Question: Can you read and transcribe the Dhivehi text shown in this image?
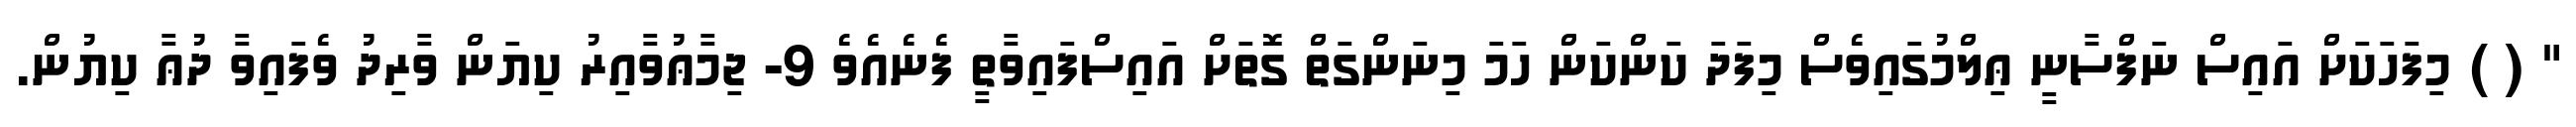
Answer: " ( ) މިފަހަކަށް އައިސް ނަފްސާނީ ޢިލްމުގައިވެސް މިފަދަ ކަންކަން ހަމަ މިނަންގަތް ގޮތަށް އައިސްފައިވާތީ ފެނެއެވެ 9- ޖިމާޢުވާއިރު ކިޔަން ވާރިދު ވެފައިވާ ދުޢާ ކިޔުން.